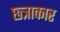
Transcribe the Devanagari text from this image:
छ्त्राकार